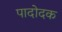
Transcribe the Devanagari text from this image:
पादोदक